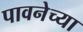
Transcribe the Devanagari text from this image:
पावनेच्या